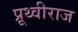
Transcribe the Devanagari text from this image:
प्रूथ्‍वीराज